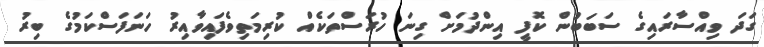
ގަދަ ވިއްސާރައިގެ ސަބަބުން ކޮފީ އިންދުމަށް ގިނަ ހުރަސްތަކެއް ކުރިމަތިވެފައިވާއިރު ހަނަފަސްކަމުގެ ބިރު